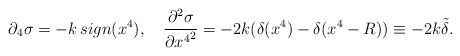
\begin{align*} \partial_4 \sigma = -k\, sign(x^4), \quad \frac{\partial^2 \sigma}{\partial {x^4}^2} =-2k(\delta(x^4) - \delta(x^4-R)) \equiv -2k\tilde \delta .\end{align*}